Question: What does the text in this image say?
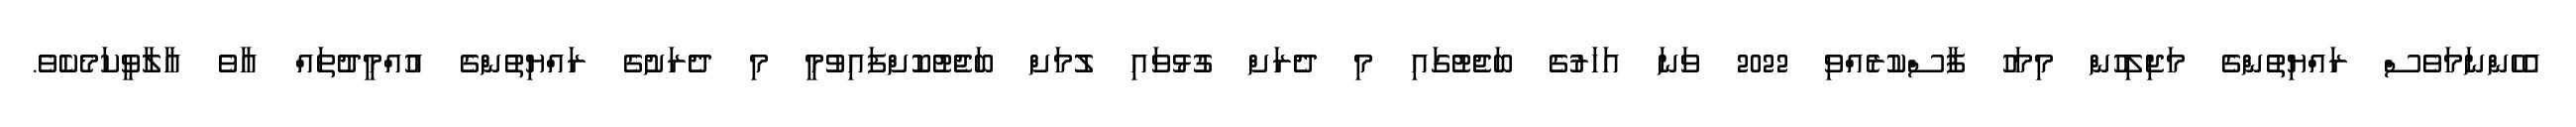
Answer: އެހެންނަމަވެސް ރައްޔިތުންގެ މަޖިލިހުން މިމަހު ފާސްކުރެއްވި 2022 ވަނަ އަހަރުގެ ބަޖެޓުގައި މި ދެރަށް ގުޅުވައި ލުމަށް ބަޖެޓުކޮށްފައިވުމީ މި ދެރަށުގެ ރައްޔިތުންގެ އުއްމީދުތައް އާވެ އާލާވީކަމެކެވެ.